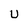
Character: U